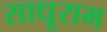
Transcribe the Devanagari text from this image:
साधूराम